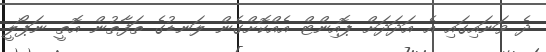
ދެ ވަނައިގައި އެ އަދަދަށް ޕޮއިންޓް އެއްކޮށްގެން ލަނޑުގެ ތަފާތުން އޮތީ ނަޕޯލީ